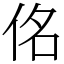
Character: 佲